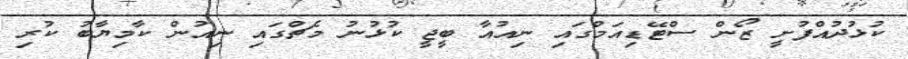
ކުޅުދުއްފުށީ ޒޯން ސްޓޭޑިއަމްގައި ނިއުއާ ބީޖީ ކުޅުނު މެޗްގައި ނިއުން ކާމިޔާބު ކުރި